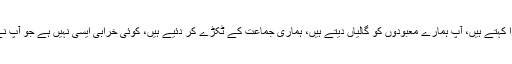
آپؐ ہمارے باپ دادا کو برا کہتے ہیں، آپؐ ہمارے معبودوں کو گالیاں دیتے ہیں، ہماری جماعت کے ٹکڑے کر دئیے ہیں، کوئی خرابی ایسی نہیں ہے جو آپ نے ہم میں اٹھا نہ رکھی ہو۔